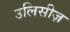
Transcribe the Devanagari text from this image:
उलिसीज़